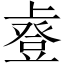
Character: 𫠿